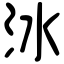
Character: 𣲙